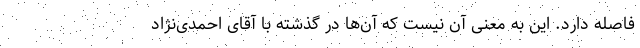
فاصله دارد. این به معنی آن نیست که آن‌ها در گذشته با آقای احمدی‌نژاد